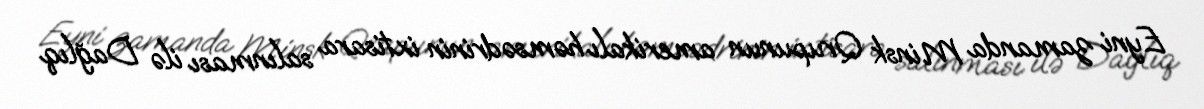
Eyni zamanda Minsk Qrupunun amerikalı həmsədrinin ixtisara salınması ilə Dağlıq